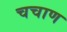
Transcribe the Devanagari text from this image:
चचाण